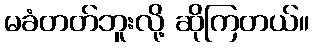
မခံတတ်ဘူးလို့ ဆိုကြတယ်။